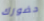
حضورك